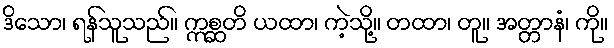
ဒိသော၊ ရန်သူသည်။ ဣစ္ဆတိ ယထာ၊ ကဲ့သို့။ တထာ၊ တူ။ အတ္တာနံ၊ ကို။